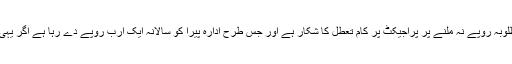
انہوں نے بتایا کہ اتھارٹی کی جانب سے مطلوبہ روپے نہ ملنے پر پراجیکٹ پر کام تعطل کا شکار ہے اور جس طرح ادارہ پیرا کو سالانہ ایک ارب روپے دے رہا ہے اگر یہی صورتحال رہی تو مزید 16 سال لگیں گے۔